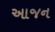
આજન